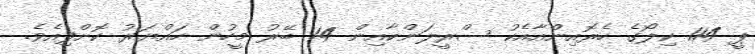
ޕީ 114 ކިލޯގެ ހެރޮއިންއާއެކު ސްރީލަންކާއިން 14 ބޭރު މީހުން ހައްޔަރު ކޮށްފިއެވެ.